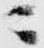
ニ